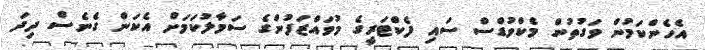
އެހެންކަމުން ވަގުތުން މެކްވުޑްސް ސައި ފެކްޓަރީގެ މުވައްޒަފުންގެ ސަމާލުކަމަށް އެކަން ގެނެސް ދިދަ